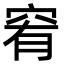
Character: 䆜